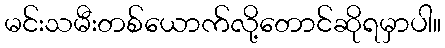
မင်းသမီးတစ်ယောက်လို့တောင်ဆိုရမှာပါ။